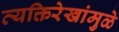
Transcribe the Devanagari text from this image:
व्यक्तिरेखांमुळे